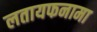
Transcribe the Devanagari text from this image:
लतायफनामा